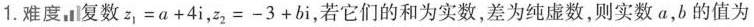
1. 难度 复数 $$z _ { 1 } = a + 4 i$$，$$z